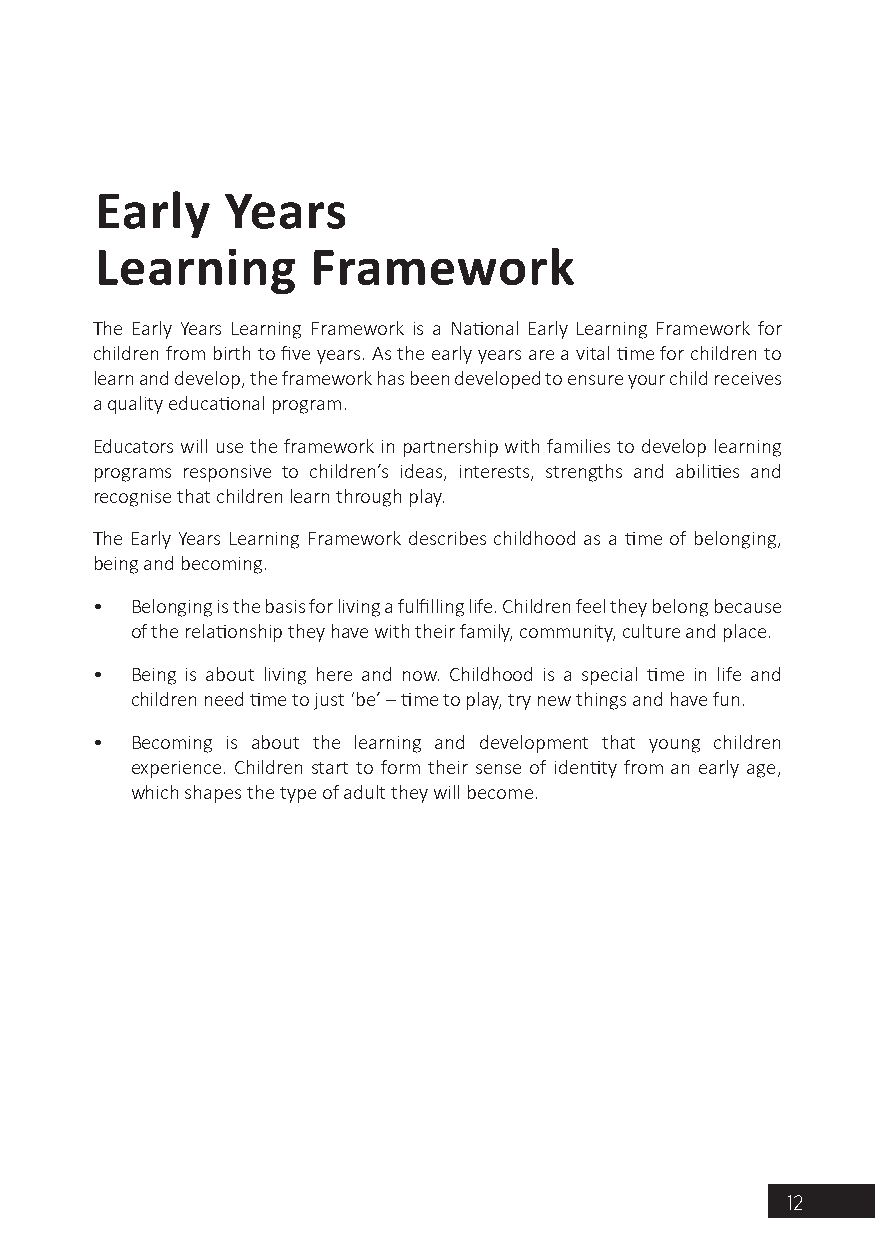
Early    Years
 Learning       Framework
 The Early Years Learning Framework is a National Early Learning Framework for
 children from birth to five years. As the early years are a vital time for children to
 learn and develop, the framework has been developed to ensure your child receives
 a quality educational program.
 Educators will use the framework in partnership with families to develop learning
 programs responsive to children’s ideas, interests, strengths and abilities and
 recognise that children learn through play.
 The Early Years Learning Framework describes childhood as a time of belonging,
 being and becoming.
 •  Belonging is the basis for living a fulfilling life. Children feel they belong because
 of the relationship they have with their family, community, culture and place.
 •  Being is about living here and now. Childhood is a special time in life and
 children need time to just ‘be’ – time to play, try new things and have fun.
 •  Becoming is about the learning and development that young children
 experience. Children start to form their sense of identity from an early age,
 which shapes the type of adult they will become.
 12